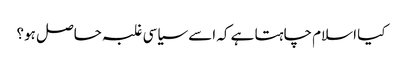
کیا اسلام چاہتا ہے کہ اسے سیاسی غلبہ حاصل ہو؟